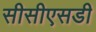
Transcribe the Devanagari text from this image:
सीसीएसडी